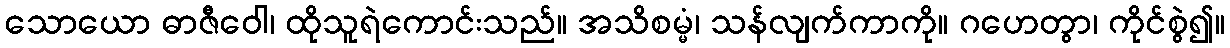
သောယော ဓာဇီဝေါ၊ ထိုသူရဲကောင်းသည်။ အသိစမ္မံ၊ သန်လျက်ကာကို။ ဂဟေတွာ၊ ကိုင်စွဲ၍။